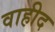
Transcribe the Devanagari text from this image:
वाहीद